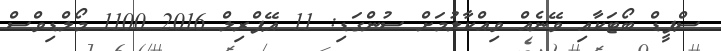
ސްޕީޑް ބޯޓަކާއި ވޭނެއް ވިއްކާލުމަށް ސުންގަޑި: 11 އޭޕްރިލް 2016 1100 މޯލްޑިވްސް